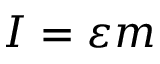
I = \varepsilon m